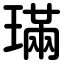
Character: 璊